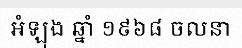
អំឡុង ឆ្នាំ ១៩៦៨ ចលនា